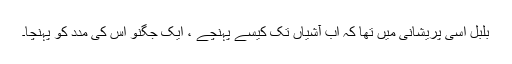
بلبل اسی پریشانی میں تھا کہ اب آشیاں تک کیسے پہنچے ، ایک جگنو اس کی مدد کو پہنچا۔